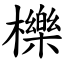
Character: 櫟